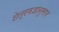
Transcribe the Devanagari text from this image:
शेत्रफडानुसार